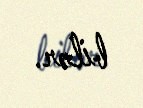
bilər.